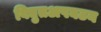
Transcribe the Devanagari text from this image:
विद्युतअपघटन